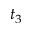
t _ { 3 }